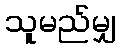
သူမည်မျှ